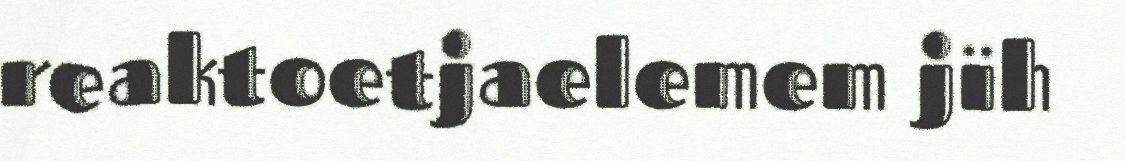
reaktoetjaelemem jïh